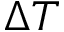
\Delta T